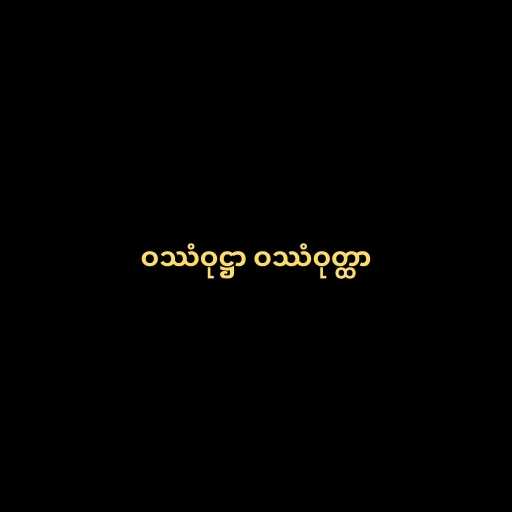
ဝဿံဝုဋ္ဌာ ဝဿံဝုတ္ထာ